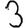
Digit: 3